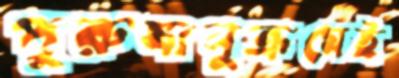
পুরুষানুক্রমেই